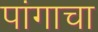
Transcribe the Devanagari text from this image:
पांगाचा